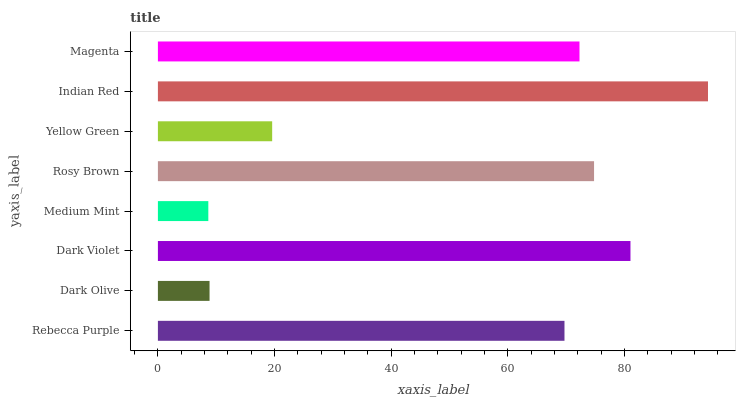
| yaxis_label | bars |
 | --- | --- |
 | Rebecca Purple | 69.7 |
 | Dark Olive | 8.86 |
 | Dark Violet | 81 |
 | Medium Mint | 8.65 |
 | Rosy Brown | 74.8 |
 | Yellow Green | 19.6 |
 | Indian Red | 94.3 |
 | Magenta | 72.3 |